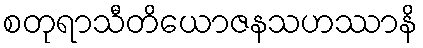
စတုရာသီတိယောဇနသဟဿာနိ